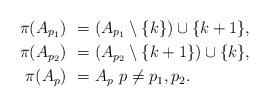
LaTeX: \begin{align*} \pi(A_{p_1}) \ = \ &(A_{p_1} \setminus \{ k \}) \cup \{ k+1 \}, \\ \pi(A_{p_2}) \ = \ &(A_{p_2} \setminus \{ k+1 \}) \cup \{ k \}, \\ \pi(A_p) \ = \ &A_p \ p \not= p_1, p_2. \end{align*}